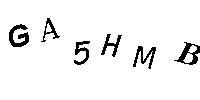
GA5HMB